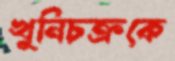
খুনিচক্রকে